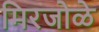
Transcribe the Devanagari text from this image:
मिरजोळे